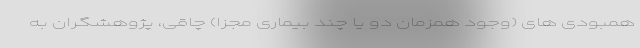
همبودی های (وجود همزمان دو یا چند بیماری مجزا) چاقی، پژوهشگران به